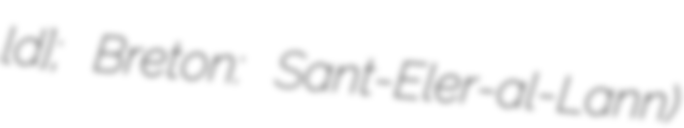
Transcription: lɑ̃d]; Breton: Sant-Eler-al-Lann)